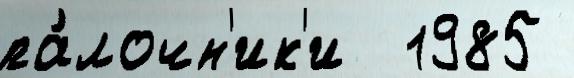
па́лочн'ик'и  1985